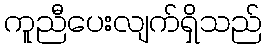
ကူညီပေးလျက်ရှိသည်